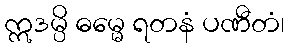
ဣဒမ္ပိ ဓမ္မေ ရတနံ ပဏီတံ၊